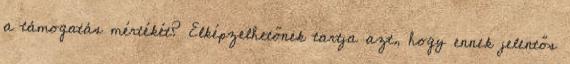
a támogatás mértékét? Elképzelhetőnek tartja azt, hogy ennek jelentős